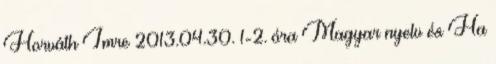
Horváth Imre 2013.04.30. 1-2. óra Magyar nyelv és Ha